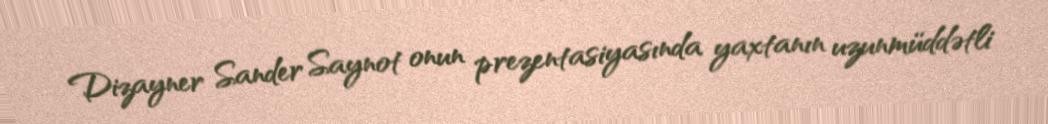
Dizayner Sander Saynot onun prezentasiyasında yaxtanın uzunmüddətli